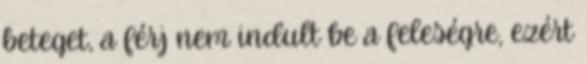
beteget, a férj nem indult be a feleségre, ezért